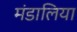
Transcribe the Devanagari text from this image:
मंडालिया